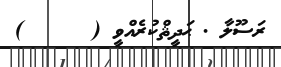
ރަސޫލާ . ޙަދީޘްކުރެއްވީ (      )